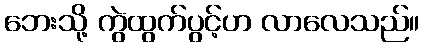
ဘေးသို့ ကွဲထွက်ပွင့်ဟ လာလေသည်။